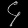
Digit: ၄